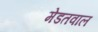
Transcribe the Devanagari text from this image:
मेडतवाल